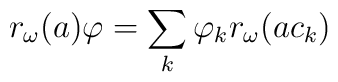
r_{\omega}(a)\varphi =\sum_{k}\varphi_k r_{\omega}(ac_k)